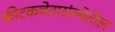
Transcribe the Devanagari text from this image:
कीटकचेतासंस्थेतील